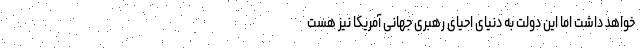
خواهد داشت اما این دولت به دنیای احیای رهبری جهانی آمریکا نیز هست